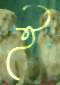
ই